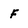
Character: F